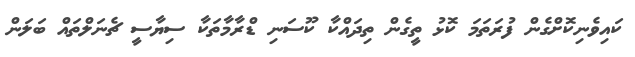
ކައިވެނިކޮށްގެން ފުރަތަމަ ކޮޅު ތީގެން ތިދައްކާ ކޫސަނި ޑްރާމާތަކާ ސިޔާސީ ޗެނަލްތައް ބަލަން